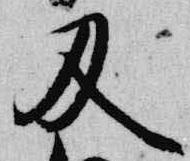
及